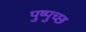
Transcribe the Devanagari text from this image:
पुष्पुच्छ